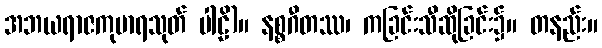
အဘယရာဇကုမာရသုတ် ပါဠိ)။ နစ္စဂီတဿ၊ ကခြင်းသီဆိုခြင်း၌။ တနည်း။